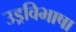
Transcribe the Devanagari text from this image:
उड्रविभाषा